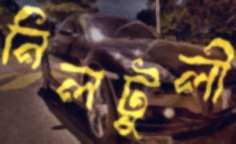
নিলটুলী